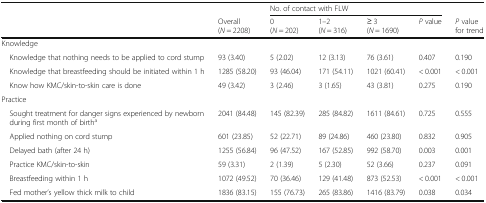
| <ROWSPAN=2>  |  | <COLSPAN=4> No. of contact with FLW |  |
 | Overall(N = 2208) | 0(N = 202) | 1–2(N = 316) | ≥ 3(N = 1690) | P value | P value for trend |
 | --- | --- | --- | --- | --- | --- | --- |
 | <COLSPAN=7> Knowledge |
 | Knowledge that nothing needs to be applied to cord stump | 93 (3.40) | 5 (2.02) | 12 (3.13) | 76 (3.61) | 0.407 | 0.190 |
 | Knowledge that breastfeeding should be initiated within 1 h | 1285 (58.20) | 93 (46.04) | 171 (54.11) | 1021 (60.41) | < 0.001 | < 0.001 |
 | Know how KMC/skin-to-skin care is done | 49 (3.42) | 3 (2.46) | 3 (1.65) | 43 (3.81) | 0.275 | 0.190 |
 | <COLSPAN=7> Practice |
 | Sought treatment for danger signs experienced by newborn during first month of birtha | 2041 (84.48) | 145 (82.39) | 285 (84.82) | 1611 (84.61) | 0.725 | 0.555 |
 | Applied nothing on cord stump | 601 (23.85) | 52 (22.71) | 89 (24.86) | 460 (23.80) | 0.832 | 0.905 |
 | Delayed bath (after 24 h) | 1255 (56.84) | 96 (47.52) | 167 (52.85) | 992 (58.70) | 0.003 | 0.001 |
 | Practice KMC/skin-to-skin | 59 (3.31) | 2 (1.39) | 5 (2.30) | 52 (3.66) | 0.237 | 0.091 |
 | Breastfeeding within 1 h | 1072 (49.52) | 70 (36.46) | 129 (41.48) | 873 (52.53) | < 0.001 | < 0.001 |
 | Fed mother’s yellow thick milk to child | 1836 (83.15) | 155 (76.73) | 265 (83.86) | 1416 (83.79) | 0.038 | 0.034 |